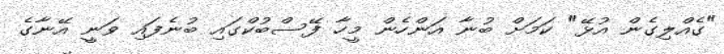
"ގެއްލިގެން އުޅޭ" ކަމަށް ބުނާ އަންހެން މީހާ ފޭސްބުކްގައި ބުނެފައި ވަނީ އޭނާގެ